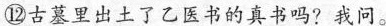
⑫古慕里出土了乙医书的真书吗？我问。